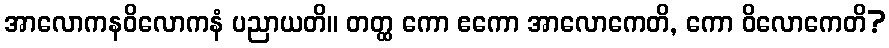
အာလောကနဝိလောကနံ ပညာယတိ။ တတ္ထ ကော ဧကော အာလောကေတိ, ကော ဝိလောကေတိ?